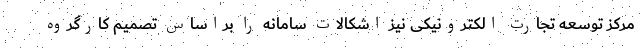
مرکز توسعه تجارت الکترونیکی نیز اشکالات سامانه را براساس تصمیم کارگروه